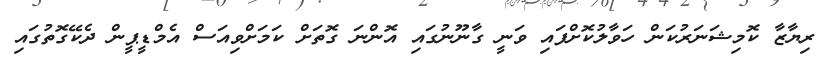
ރިޔާޒާ ކޮމިޝަނަރުކަން ހަވާލުކޮށްފައި ވަނީ ގާނޫނުގައި އޮންނަ ގޮތަށް ކަމަށްވިއަސް އެމްޑީޕީން ދެކޭގޮތުގައި